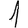
Digit: 1